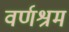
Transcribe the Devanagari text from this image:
वर्णश्रम